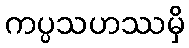
ကပ္ပသဟဿမှိ